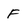
Character: F